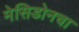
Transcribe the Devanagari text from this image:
मेसिडोनचा